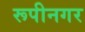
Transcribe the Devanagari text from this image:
रूपीनगर